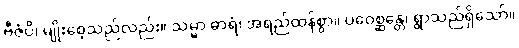
ဗီဇံပိ၊ မျိုးစေ့သည်လည်း။ သမ္မာ ဓာရံ၊ အရည်ထန်စွာ။ ပဝေစ္ဆန္တေ၊ ရွာသည်ရှိသော်။